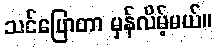
သင်ပြောတာ မှန်လိမ့်မယ်။